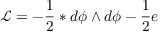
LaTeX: \mathcal { L = - } \frac { 1 } { 2 } \ast d \phi \wedge d \phi - \frac { 1 } { 2 } e